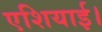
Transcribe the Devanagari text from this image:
एशियाई।